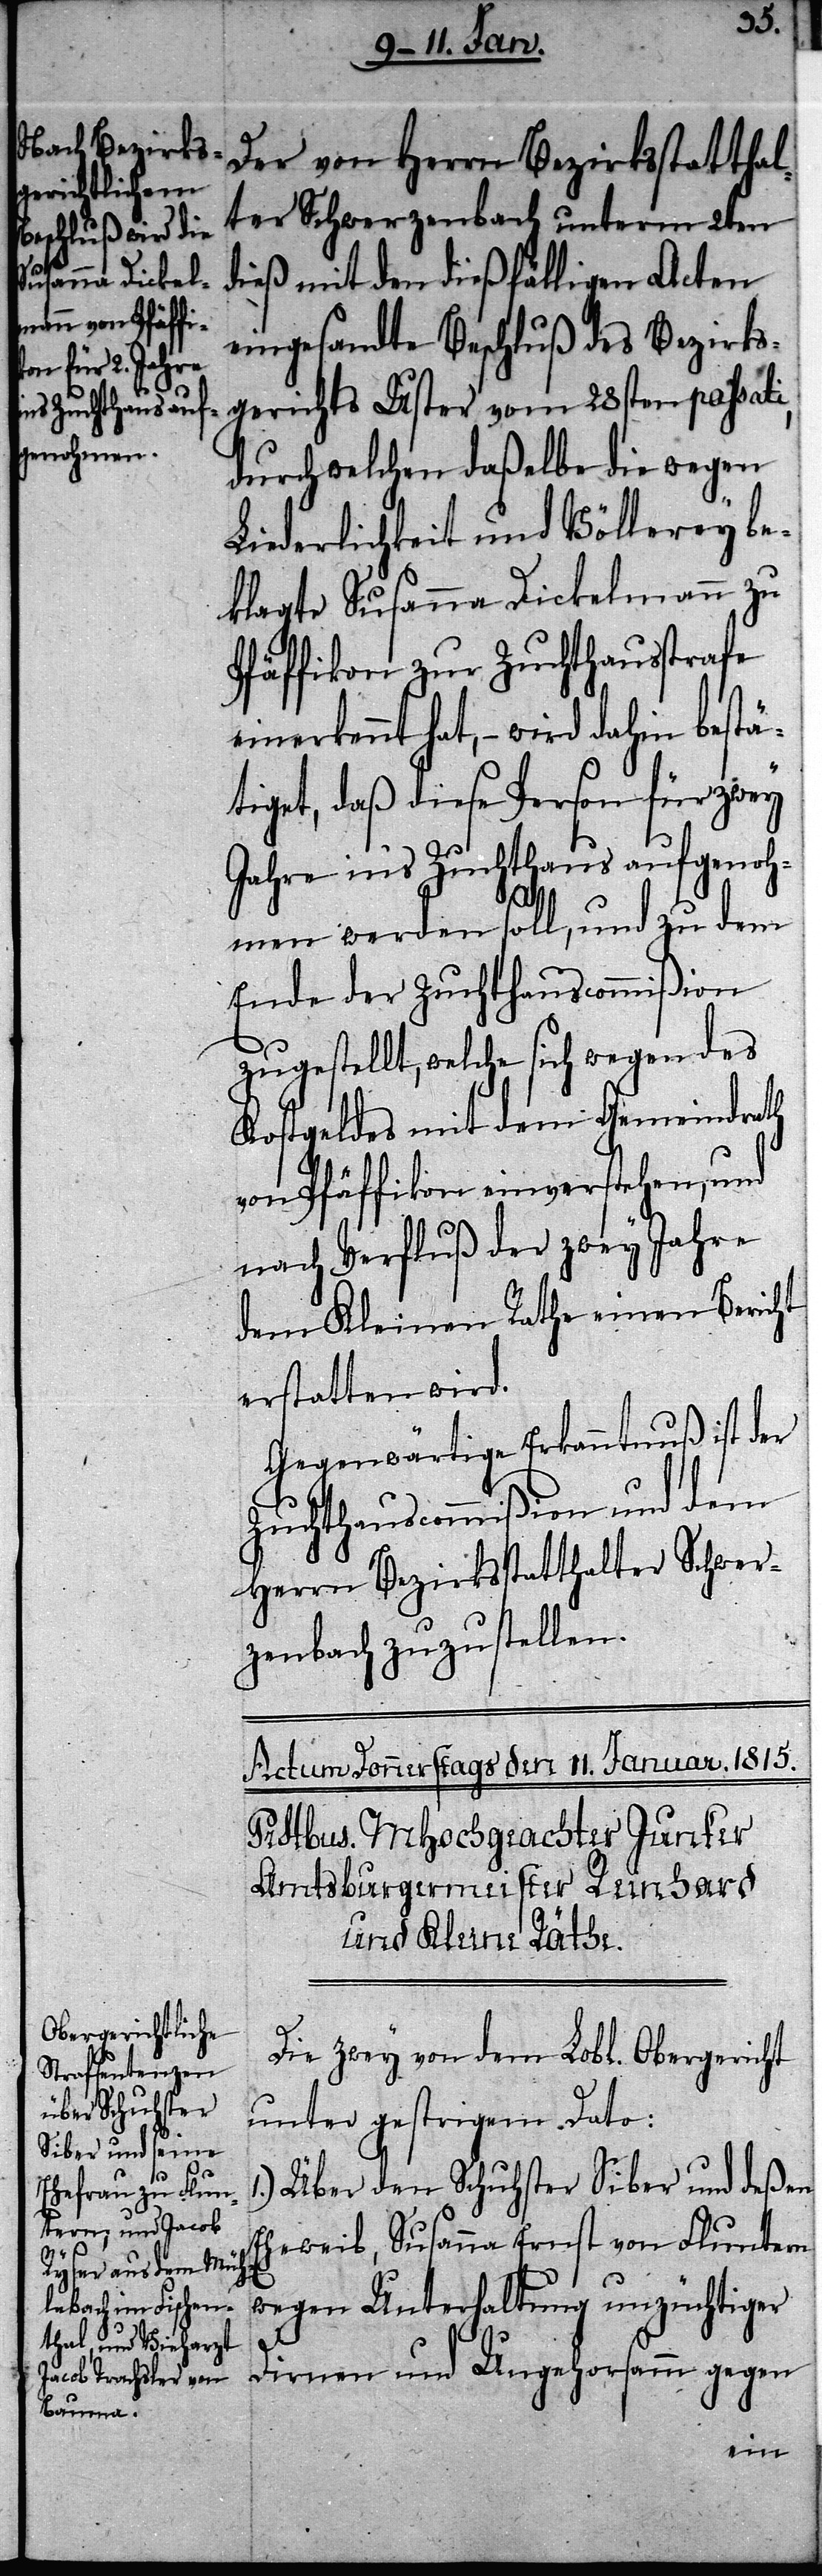
Der von Herrn Bezirksstatthal¬
ter Schwerzenbach unterm 2ten
dieß mit den dießfälligen Acten
eingesandte Beschluß des Bezirks¬
gerichts Uster vom 28sten passati,
durch welchen daßelbe die wegen
Liederlichkeit und Völlerey be¬
klagte Susanna Dickelmann zu
Pfäffikon zur Zuchthausstrafe
einerkennt hat, – wird dahin bestä¬
tiget, daß diese Person für zwey
Jahre in‘s Zuchthaus aufgenoh¬
men werden soll, und zu dem
Ende der Zuchthauscommißion
zugestellt, welche sich wegen des
Kostgeldes mit dem Gemeindrath
von Pfäffikon einverstehen, und
nach Verfluß der zwey Jahre
dem Kleinen Rathe einen Bericht
erstatten wird.
Gegenwärtige Erkanntnuß ist der
Zuchthauscommißion und dem
Herrn Bezirksstatthalter Schwer¬
zenbach zuzustellen.
Die zwey von dem Lobl. Obergericht
unter gestrigem Dato:
Über den Schuhster Siber und deßen
Eheweib, Susanna Ernst von Fluntern
wegen Unterhaltung unzüchtiger
Dirnen und Ungehorsamm gegen